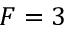
F = 3